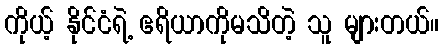
ကိုယ့် နိုင်ငံရဲ့ ဧရိယာကိုမသိတဲ့ သူ များတယ်။